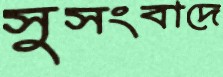
সুসংবাদে